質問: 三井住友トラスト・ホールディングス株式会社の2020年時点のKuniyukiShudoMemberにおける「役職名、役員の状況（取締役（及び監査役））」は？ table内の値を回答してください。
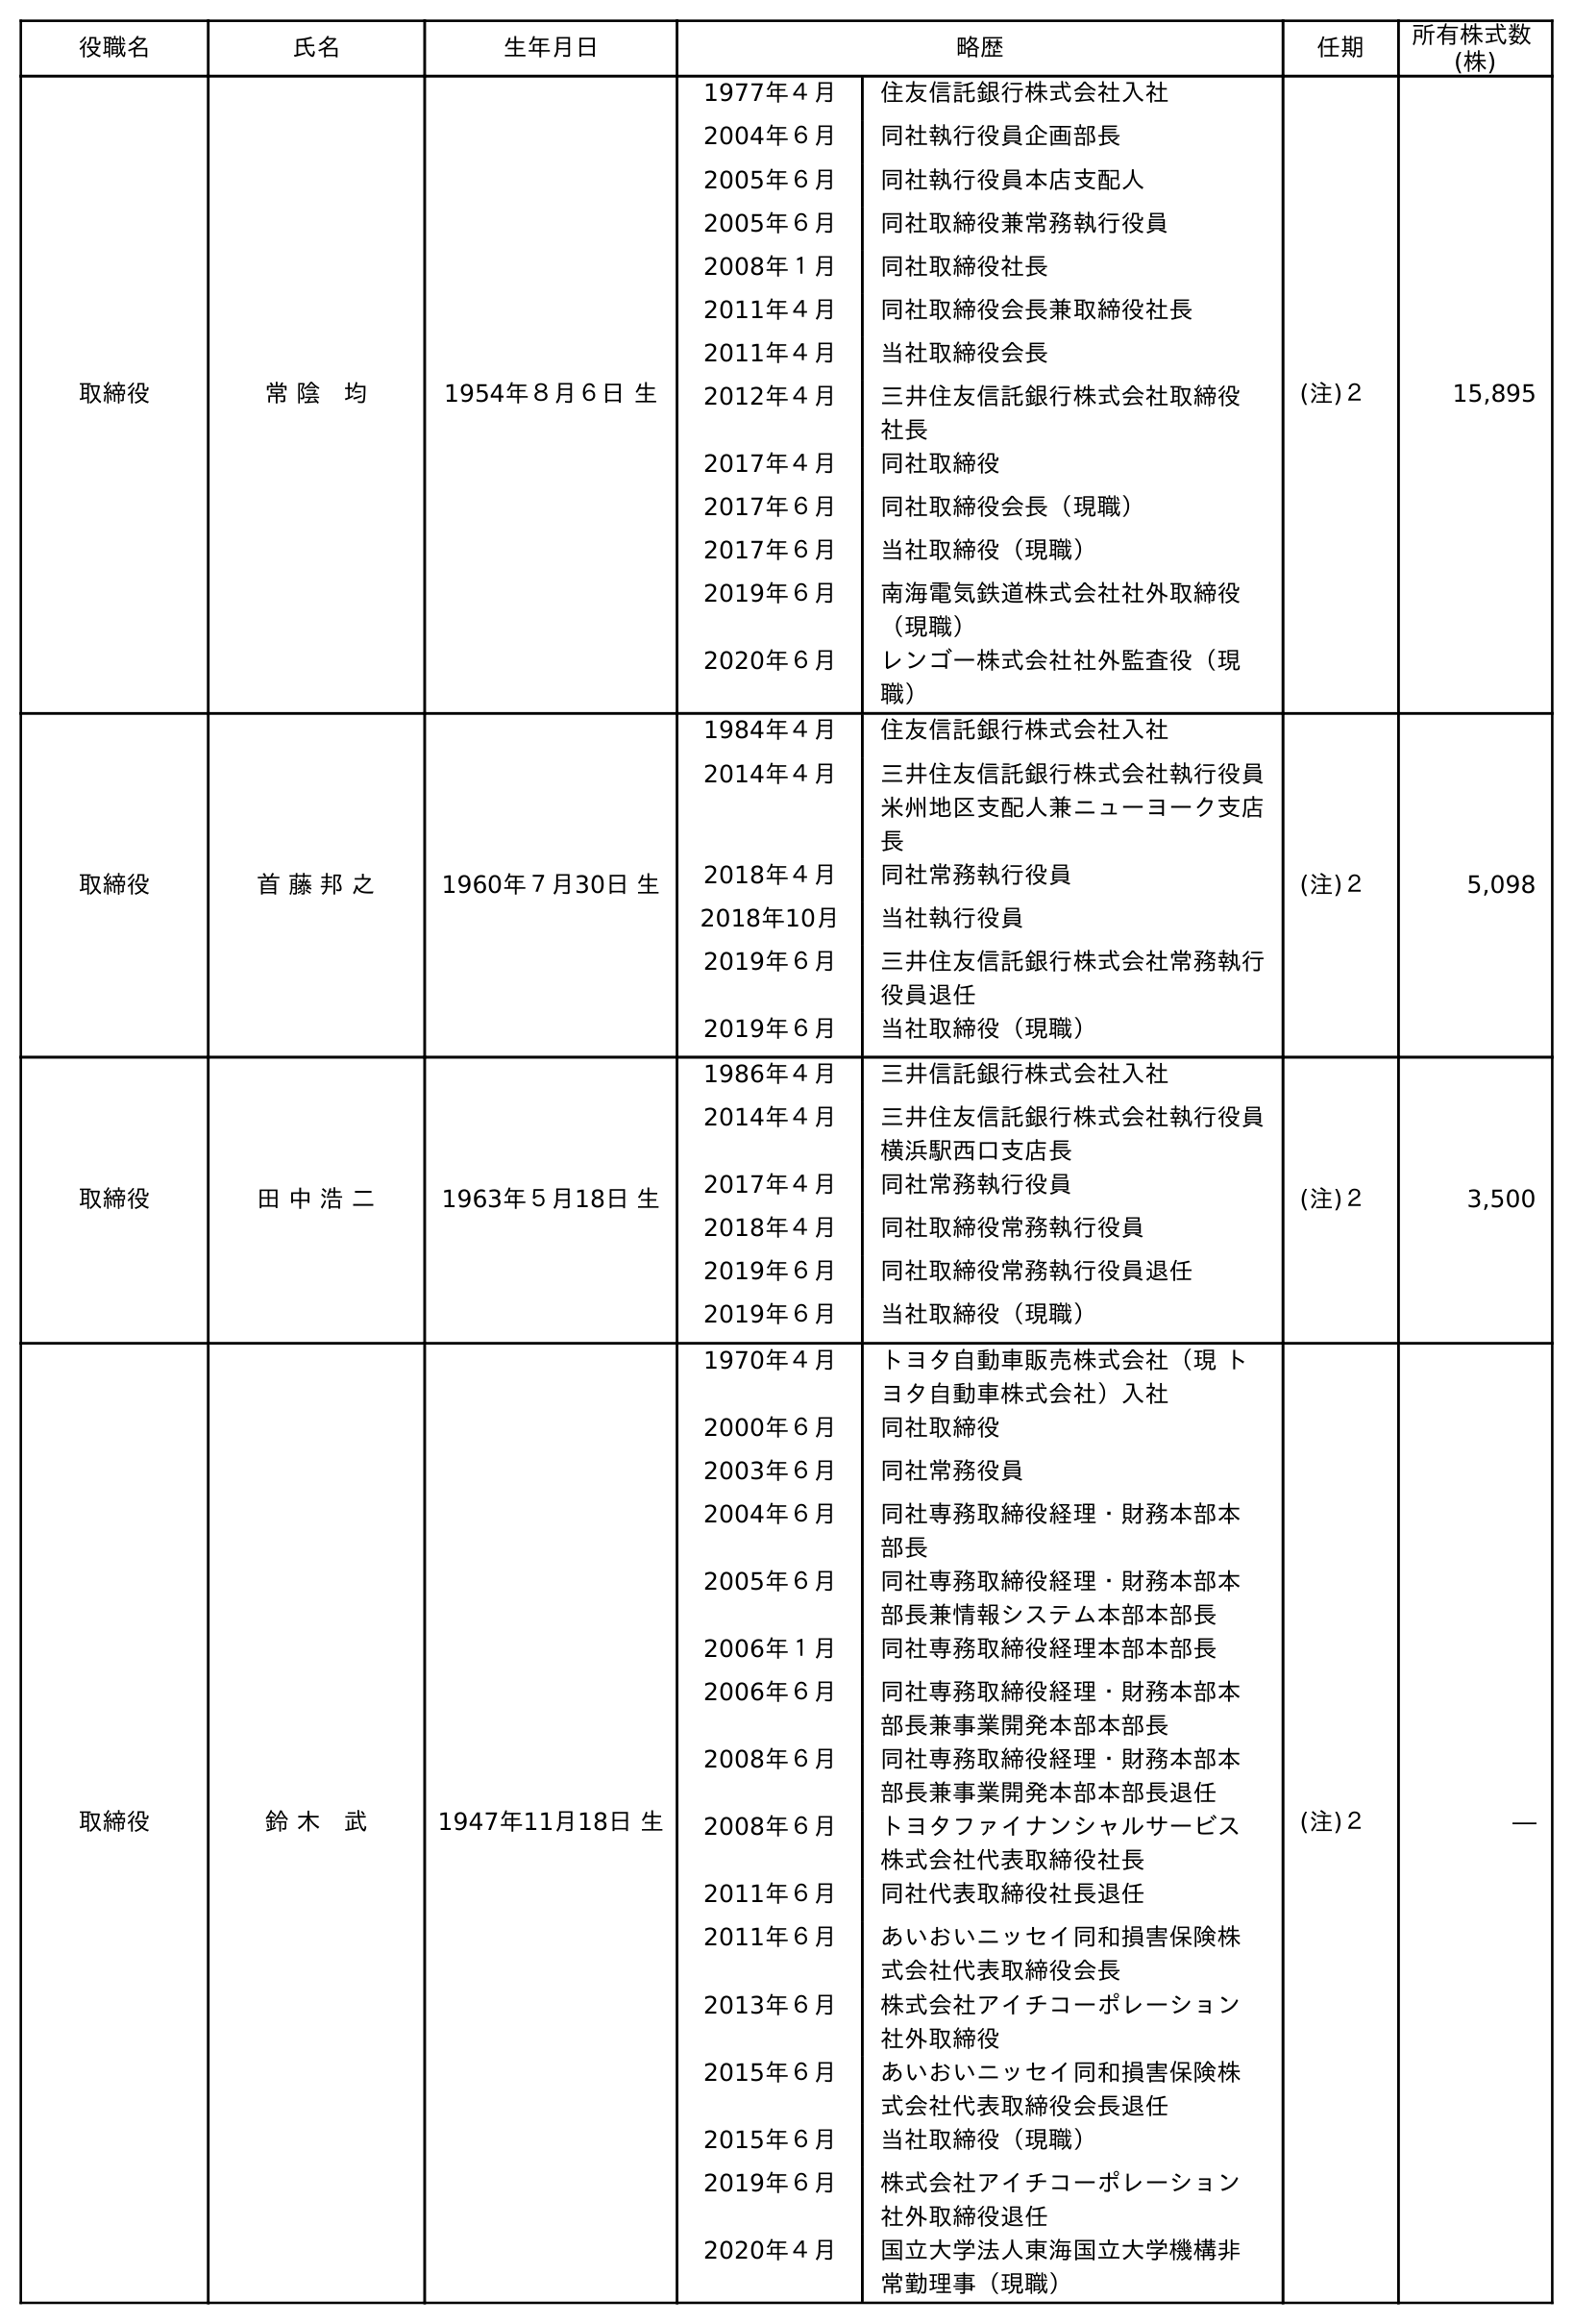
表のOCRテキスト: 役職名 氏名 生年月日 略歴 任期 所有株式数 (株) 取締役 常 陰 均 1954年８月６日 生 1977年４月 住友信託銀行株式会社入社 2004年６月 同社執行役員企画部長 2005年６月 同社執行役員本店支配人 2005年６月 同社取締役兼常務執行役員 2008年１月 同社取締役社長 2011年４月 同社取締役会長兼取締役社長 2011年４月 当社取締役会長 2012年４月 三井住友信託銀行株式会社取締役  社長 2017年４月 同社取締役 2017年６月 同社取締役会長（現職） 2017年６月 当社取締役（現職） 2019年６月 南海電気鉄道株式会社社外取締役 （現職） 2020年６月 レンゴー株式会社社外監査役（現 職） (注)２ 15,895 取締役 首 藤 邦 之 1960年７月30日 生 1984年４月 住友信託銀行株式会社入社 2014年４月 三井住友信託銀行株式会社執行役員 米州地区支配人兼ニューヨーク支店 長 2018年４月 同社常務執行役員 2018年10月 当社執行役員 2019年６月 三井住友信託銀行株式会社常務執行 役員退任 2019年６月 当社取締役（現職） (注)２ 5,098 取締役 田 中 浩 二 1963年５月18日 生 1986年４月 三井信託銀行株式会社入社 2014年４月 三井住友信託銀行株式会社執行役員 横浜駅西口支店長 2017年４月 同社常務執行役員 2018年４月 同社取締役常務執行役員 2019年６月 同社取締役常務執行役員退任 2019年６月 当社取締役（現職） (注)２ 3,500 取締役 鈴 木 武 1947年11月18日 生 1970年４月 トヨタ自動車販売株式会社（現 ト ヨタ自動車株式会社）入社 2000年６月 同社取締役 2003年６月 同社常務役員 2004年６月 同社専務取締役経理・財務本部本 部長 2005年６月 同社専務取締役経理・財務本部本 部長兼情報システム本部本部長 2006年１月 同社専務取締役経理本部本部長 2006年６月 同社専務取締役経理・財務本部本 部長兼事業開発本部本部長 2008年６月 同社専務取締役経理・財務本部本 部長兼事業開発本部本部長退任 2008年６月 トヨタファイナンシャルサービス 株式会社代表取締役社長 2011年６月 同社代表取締役社長退任 2011年６月 あいおいニッセイ同和損害保険株 式会社代表取締役会長 2013年６月 株式会社アイチコーポレーション 社外取締役 2015年６月 あいおいニッセイ同和損害保険株 式会社代表取締役会長退任 2015年６月 当社取締役（現職） 2019年６月 株式会社アイチコーポレーション 社外取締役退任 2020年４月 国立大学法人東海国立大学機構非 常勤理事（現職） (注)２ ―
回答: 取締役